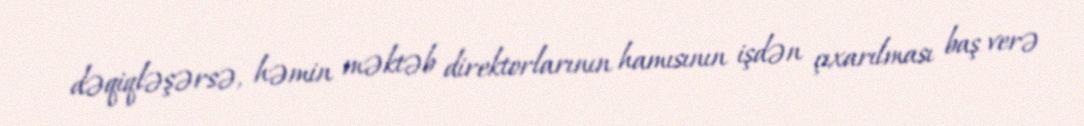
dəqiqləşərsə, həmin məktəb direktorlarının hamısının işdən çıxarılması baş verə